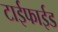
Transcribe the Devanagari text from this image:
टाईफाईड